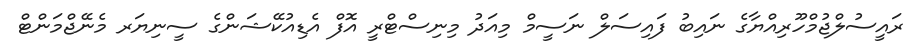
ރައީސުލްޖުމްހޫރިއްޔާގެ ނައިބު ފައިސަލް ނަސީމް މިއަދު މިނިސްޓްރީ އޮފް އެޑިއުކޭޝަންގެ ސީނިޔަރ މެނޭޖްމަންޓް